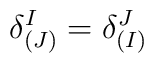
\delta^I_{(J)} = \delta^J_{(I)}